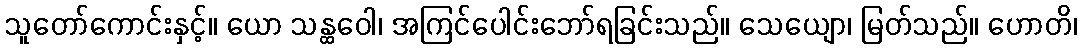
သူတော်ကောင်းနှင့်။ ယော သန္ထဝေါ၊ အကြင်ပေါင်းဘော်ရခြင်းသည်။ သေယျော၊ မြတ်သည်။ ဟောတိ၊